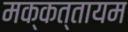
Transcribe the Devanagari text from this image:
मक्कत्तायम